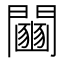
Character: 𨷒